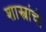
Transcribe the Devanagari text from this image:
शास्त्रांची